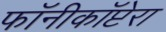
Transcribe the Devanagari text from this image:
फॉनीकॉप्टेरा